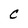
Character: C